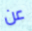
عن